Senior Leaving Certificate Examination (including Day School Certificate (Higher) General paper), 1947
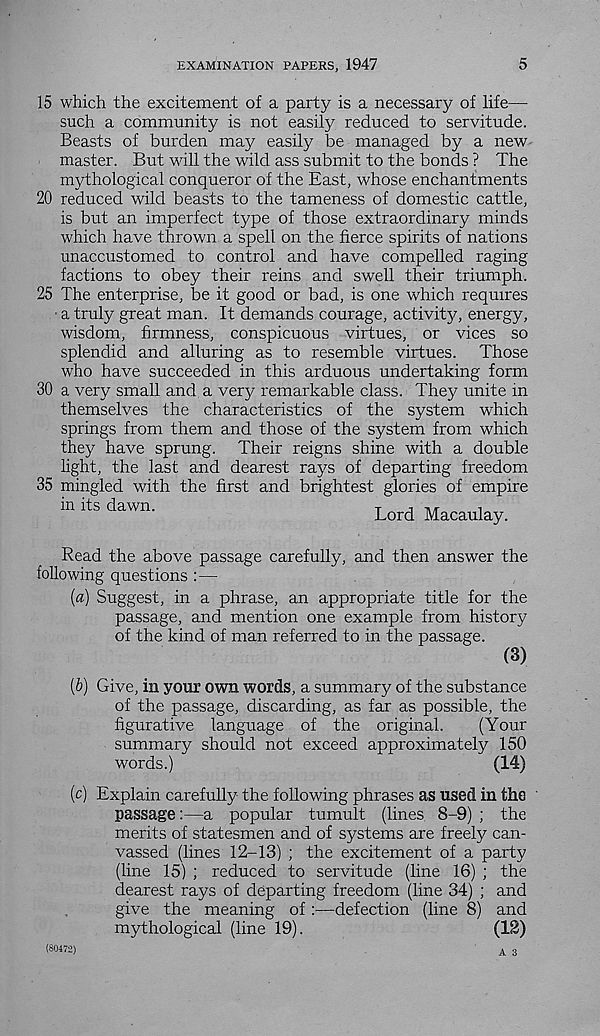
EXAMINATION PAPERS, 1947
5
15 which the excitement of a party is a necessary of life—
such a community is not easily reduced to servitude.
Beasts of burden may easily be managed by a new
master. But will the wild ass submit to the bonds ? The
mythological conqueror of the East, whose enchantments
20 reduced wild beasts to the tameness of domestic cattle,
is but an imperfect type of those extraordinary minds
which have thrown a spell on the fierce spirits of nations
unaccustomed to control and have compelled raging
factions to obey their reins and swell their triumph.
25 The enterprise, be it good or bad, is one which requires
a truly great man. It demands courage, activit}’, energy,
wisdom, firmness, conspicuous virtues, or vices so
splendid and alluring as to resemble virtues. Those
who have succeeded in this arduous undertaking form
30 a very small and a very remarkable class. They unite in
themselves the characteristics of the system which
springs from them and those of the system from which
they have sprung. Their reigns shine with a double
light, the last and dearest rays of departing freedom
35 mingled with the first and brightest glories of empire
in its dawn.
Lord Macaulay.
Read the above passage carefully, and then answer the
following questions :—
[а) Suggest, in a phrase, an appropriate title for the
passage, and mention one example from history
of the kind of man referred to in the passage.
(3)
(б) Give, in your own words, a summary of the substance
of the passage, discarding, as far as possible, the
figurative language of the original.
(Your
summary should not exceed approximately 150
words.)
(14)
(c) Explain carefully the following phrases as used in the '
passage:—a popular tumult (lines. 8-9) ; the
merits of statesmen and of systems are freely can-
vassed (lines 12-13) ; the excitement of a party
(line 15) ; reduced to servitude (line 16) ; the
dearest rays of departing freedom (line 34) ; and
give the meaning of :—defection (line 8) and
mythological (line 19).
(18)
A 3
(80472)